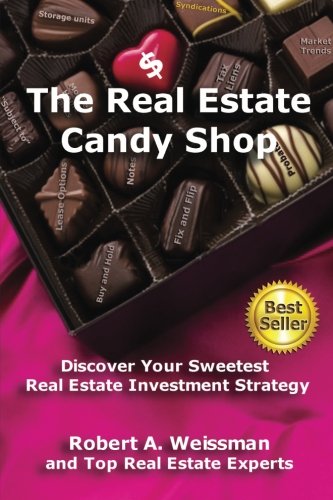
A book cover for The Real Estate Candy Shop: Discover Your Sweetest Real Estate Investment Strategy; Robert A. Weissman; Business & Money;